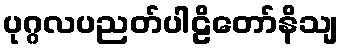
ပုဂ္ဂလပညတ်ပါဠိတော်နိသျ